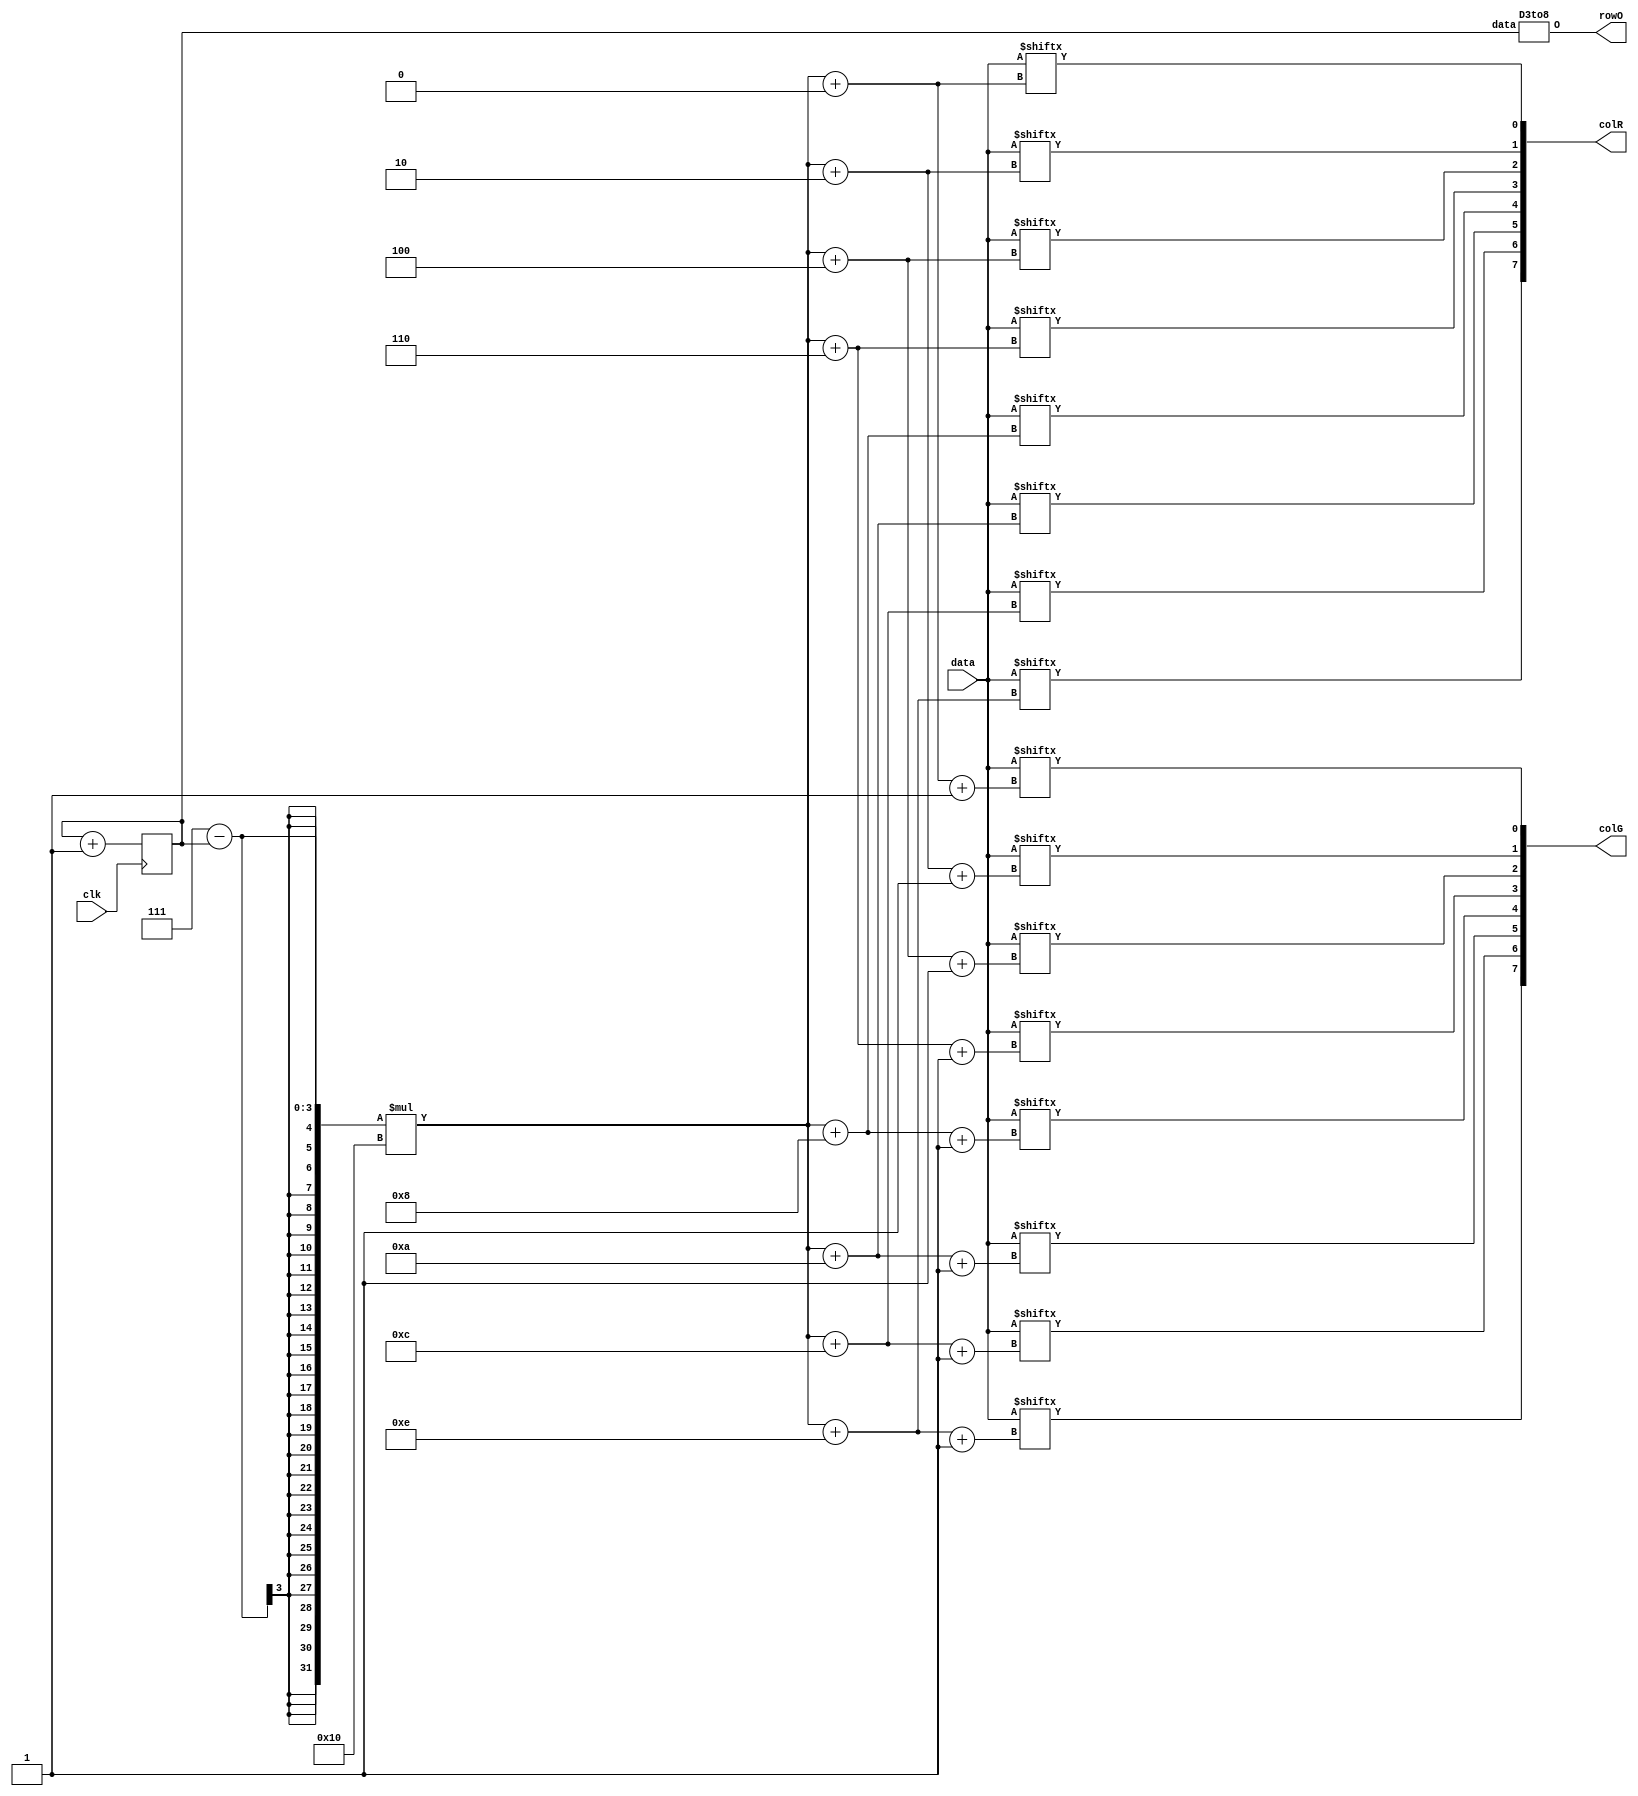
module Matrix (
    input clk,//,1kHz
    input [127:0] data,// 8 8  2RG 
    output [7:0] rowO,colR,colG//
);
    reg [2:0] row=0;//
    always @(posedge clk) begin//
        row = row+3'd1;
    end
    D3to8 u_D3to8(row,rowO);
    generate
        genvar i;
        for(i=0;i<8;i=i+1) begin:col
            assign colR[i] = data[(7-row)*16+2*i];             
            assign colG[i] = data[(7-row)*16+2*i+1];             
        end
    endgenerate
endmodule

module D3to8 (
    input [2:0] data,
    output reg [7:0] O//,
);
    always @(data) begin
        case (data)
            3'h0: O=8'b1111_1110; 
            3'h1: O=8'b1111_1101; 
            3'h2: O=8'b1111_1011; 
            3'h3: O=8'b1111_0111; 
            3'h4: O=8'b1110_1111; 
            3'h5: O=8'b1101_1111; 
            3'h6: O=8'b1011_1111; 
            3'h7: O=8'b0111_1111; 
            default: O=8'b1111_1111;
        endcase
    end
endmodule